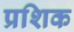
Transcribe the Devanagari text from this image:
प्रशिक